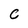
Character: C